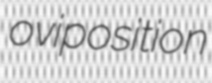
oviposition